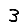
Digit: 3